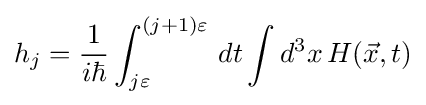
h_{j}={\frac {1}{i\hbar }}\int _{j\varepsilon }^{(j+1)\varepsilon }\,dt\int d^{3}x\,H({\vec {x}},t)